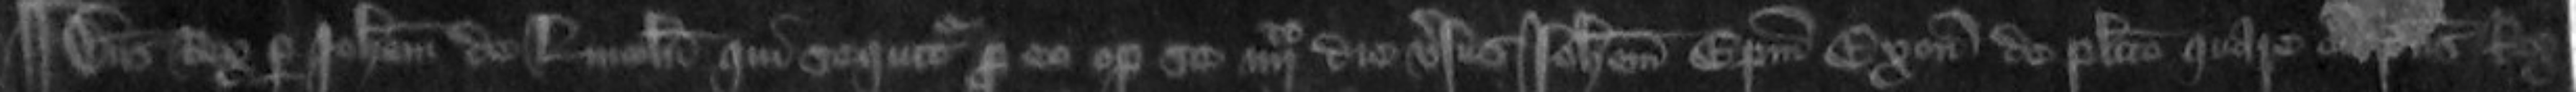
¶Dominus Rex per Johannem de Lincoln qui sequitur pro eo optulit se quarto die versus Johannem Episcopum Exonie de placito quare cum dominus Rex